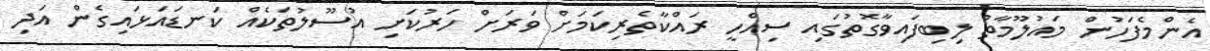
އެންމެފަހުން މައުލޫމާތު ލިބިފައިވާގޮތުގައި ސިއްހީ ރައްކާތެރިކަމަށް ވަރަށް ހަރުކަށި އުސޫލުތަކެއް ކަނޑައަޅައިގެން އަދި